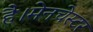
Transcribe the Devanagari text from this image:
है।मेनचेस्टर